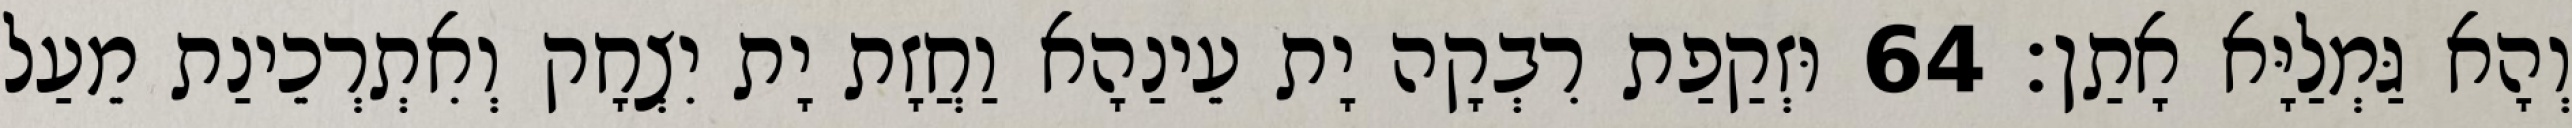
וְהָא גַּמְלַיָּא אָתַן׃ 64 וּזְקַפַת רִבְקָה יָת עֵינַהָא וַחֲזָת יָת יִצְחָק וְאִתְרְכֵינַת מֵעַל